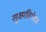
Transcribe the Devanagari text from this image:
सूक्ष्मविभेदन